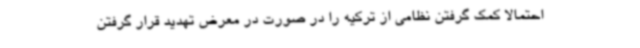
احتمالا کمک گرفتن نظامی از ترکیه را در صورت در معرض تهدید قرار گرفتن